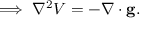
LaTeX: \implies \nabla ^ { 2 } V = - \nabla \cdot \mathbf { g } .